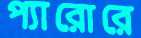
প্যারোরে